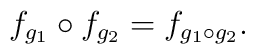
f_{g_1} \circ f_{g_2} = f_{g_1 \circ g_2}.